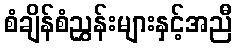
စံချိန်စံညွှန်းများနှင့်အညီ